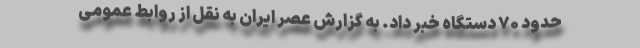
حدود ۷۰ دستگاه خبر داد. به گزارش عصر ایران به نقل از روابط عمومی